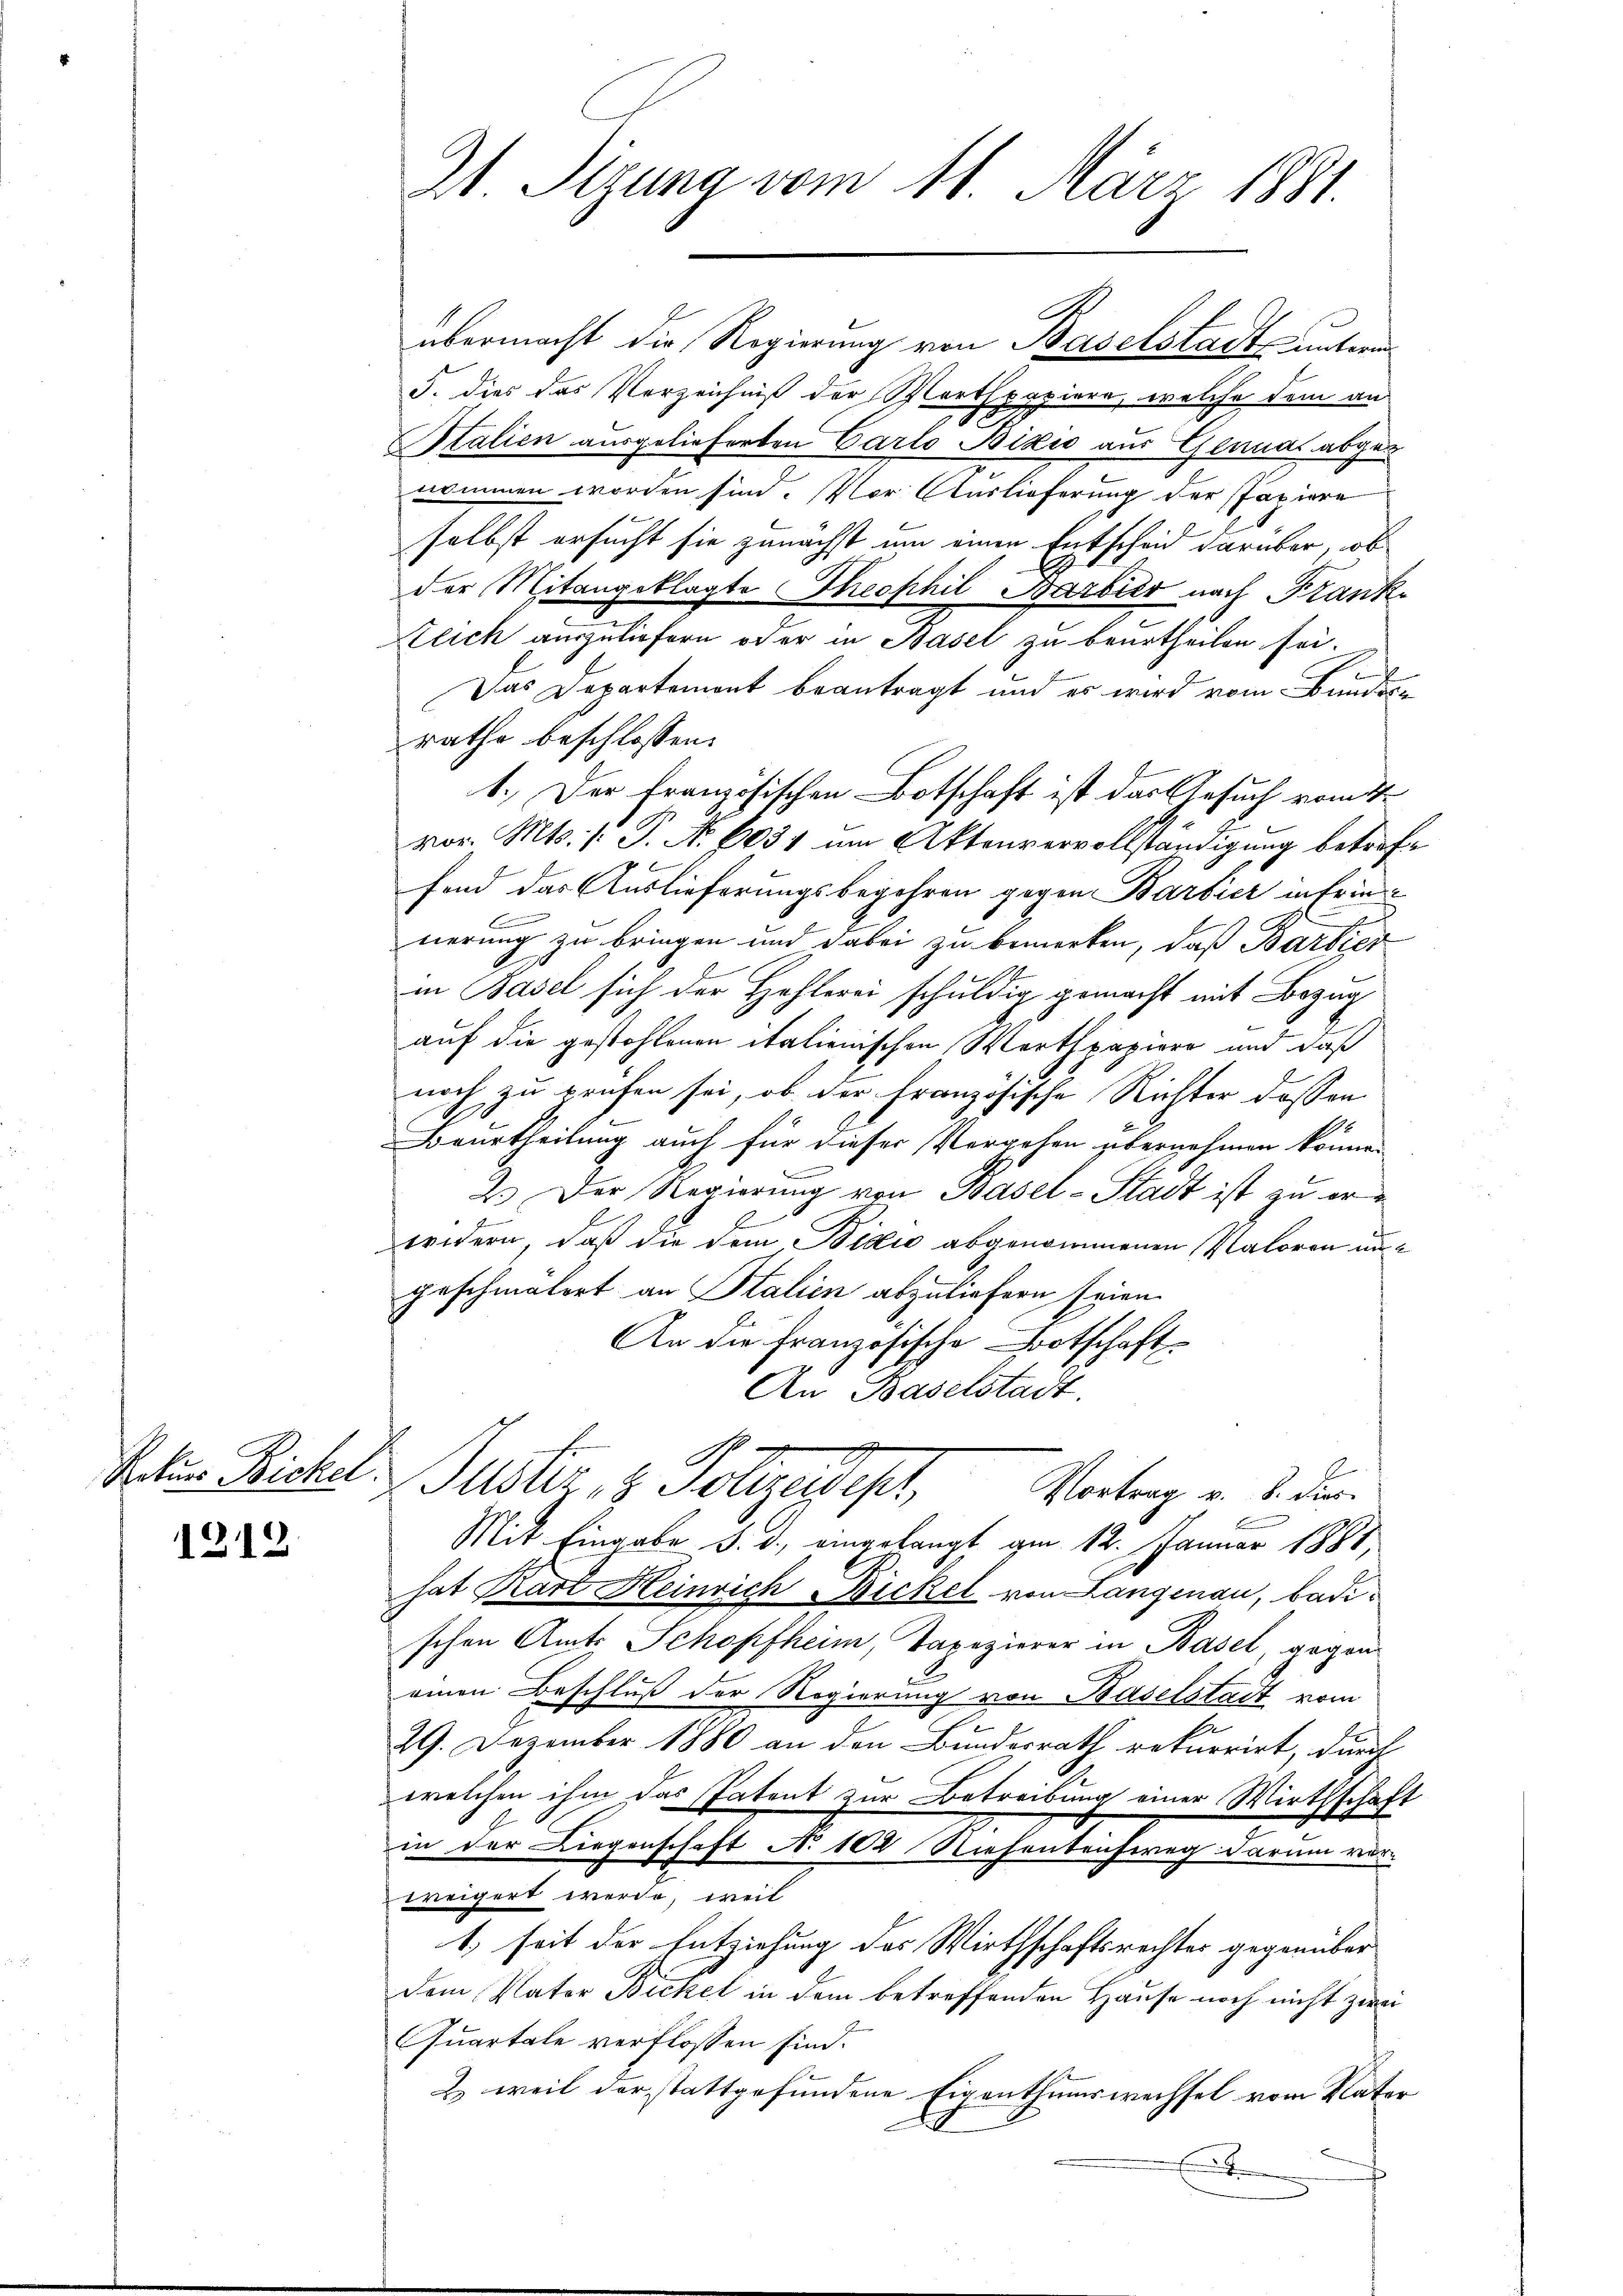
1218

21 Sizung vom 11. März 1881.

übermacht die Regierung von Baselstadt unterm
S. dies das Verzeichniß der Werthpapiere, welche dem an
Stalien ausgelieferten Carlo Bizio aus Genuar abge
nommen worden sind. Vor Auslieferung der Papiere
selbst ersucht sie zunächst um einen Entscheid darüber, ob
der Mitangeklagte Theophil Barbier nach Frank
Zlich auszuliefern oder in Basel zu beurtheilen sei.
e
Das Departement beantragt und es wird vom Bundesrathe beschlossen:
1.) Der Französischen Botschaft ist das Gesuch vom 1.
vor. Mts. v. P. Nr. 6031 um Aktenvervollständigung betreffond das Auslieferungsbegehren gegen Barbier infrie
E
nerung zu bringen und dabei zu bemerken, daß Bartic
in Basel sich der Hohlerei schuldig gemacht mit Bezug
auf die gestohlenen italionischen Werthpapiere und daß
noch zu prüfen sei, ob der Französische Richter dessen
2
Beurtheilung auch für dieser Vergeben übernehmen könne.
2.) Der Regierung von Basel-Stadt ist zu er¬
Fe
wridern, daß die dem Bicio abgenommenen Valoren ungeschmälert an Stalien abzuliefern seien.
An die französische Botschaft
An Baselstadt.
g
Retur Bickel. Justiz- & Polizewept,
Vortrag v. 8. dur
Mit Eingabe d. d. eingelangt am 12. Januar 1888,
hat Kart Heinrich Bickel von Langenau, Badischen Amts Schopfheim, Tapezierer in Basel, gegen
einen Beschluß der Regierung von Baselstadt vom
29. Dezember 1880 an den Bundesrath rekurrirt, durch
welchen ihm das Patent zur Betreibung einer Wirthschaft
in der Liegenschaft N. 102 Niesentauftrag darum vor-
weigert werde, weil
1. seit der Entziehung des Wirthschaftsrechter gegenüber
dem Vater Bickel in dem betreffenden Hause noch nicht zwei
Quartale verflossen sind.
2) weil der stattgefundene Eigenthumswechsel vom Vater
t